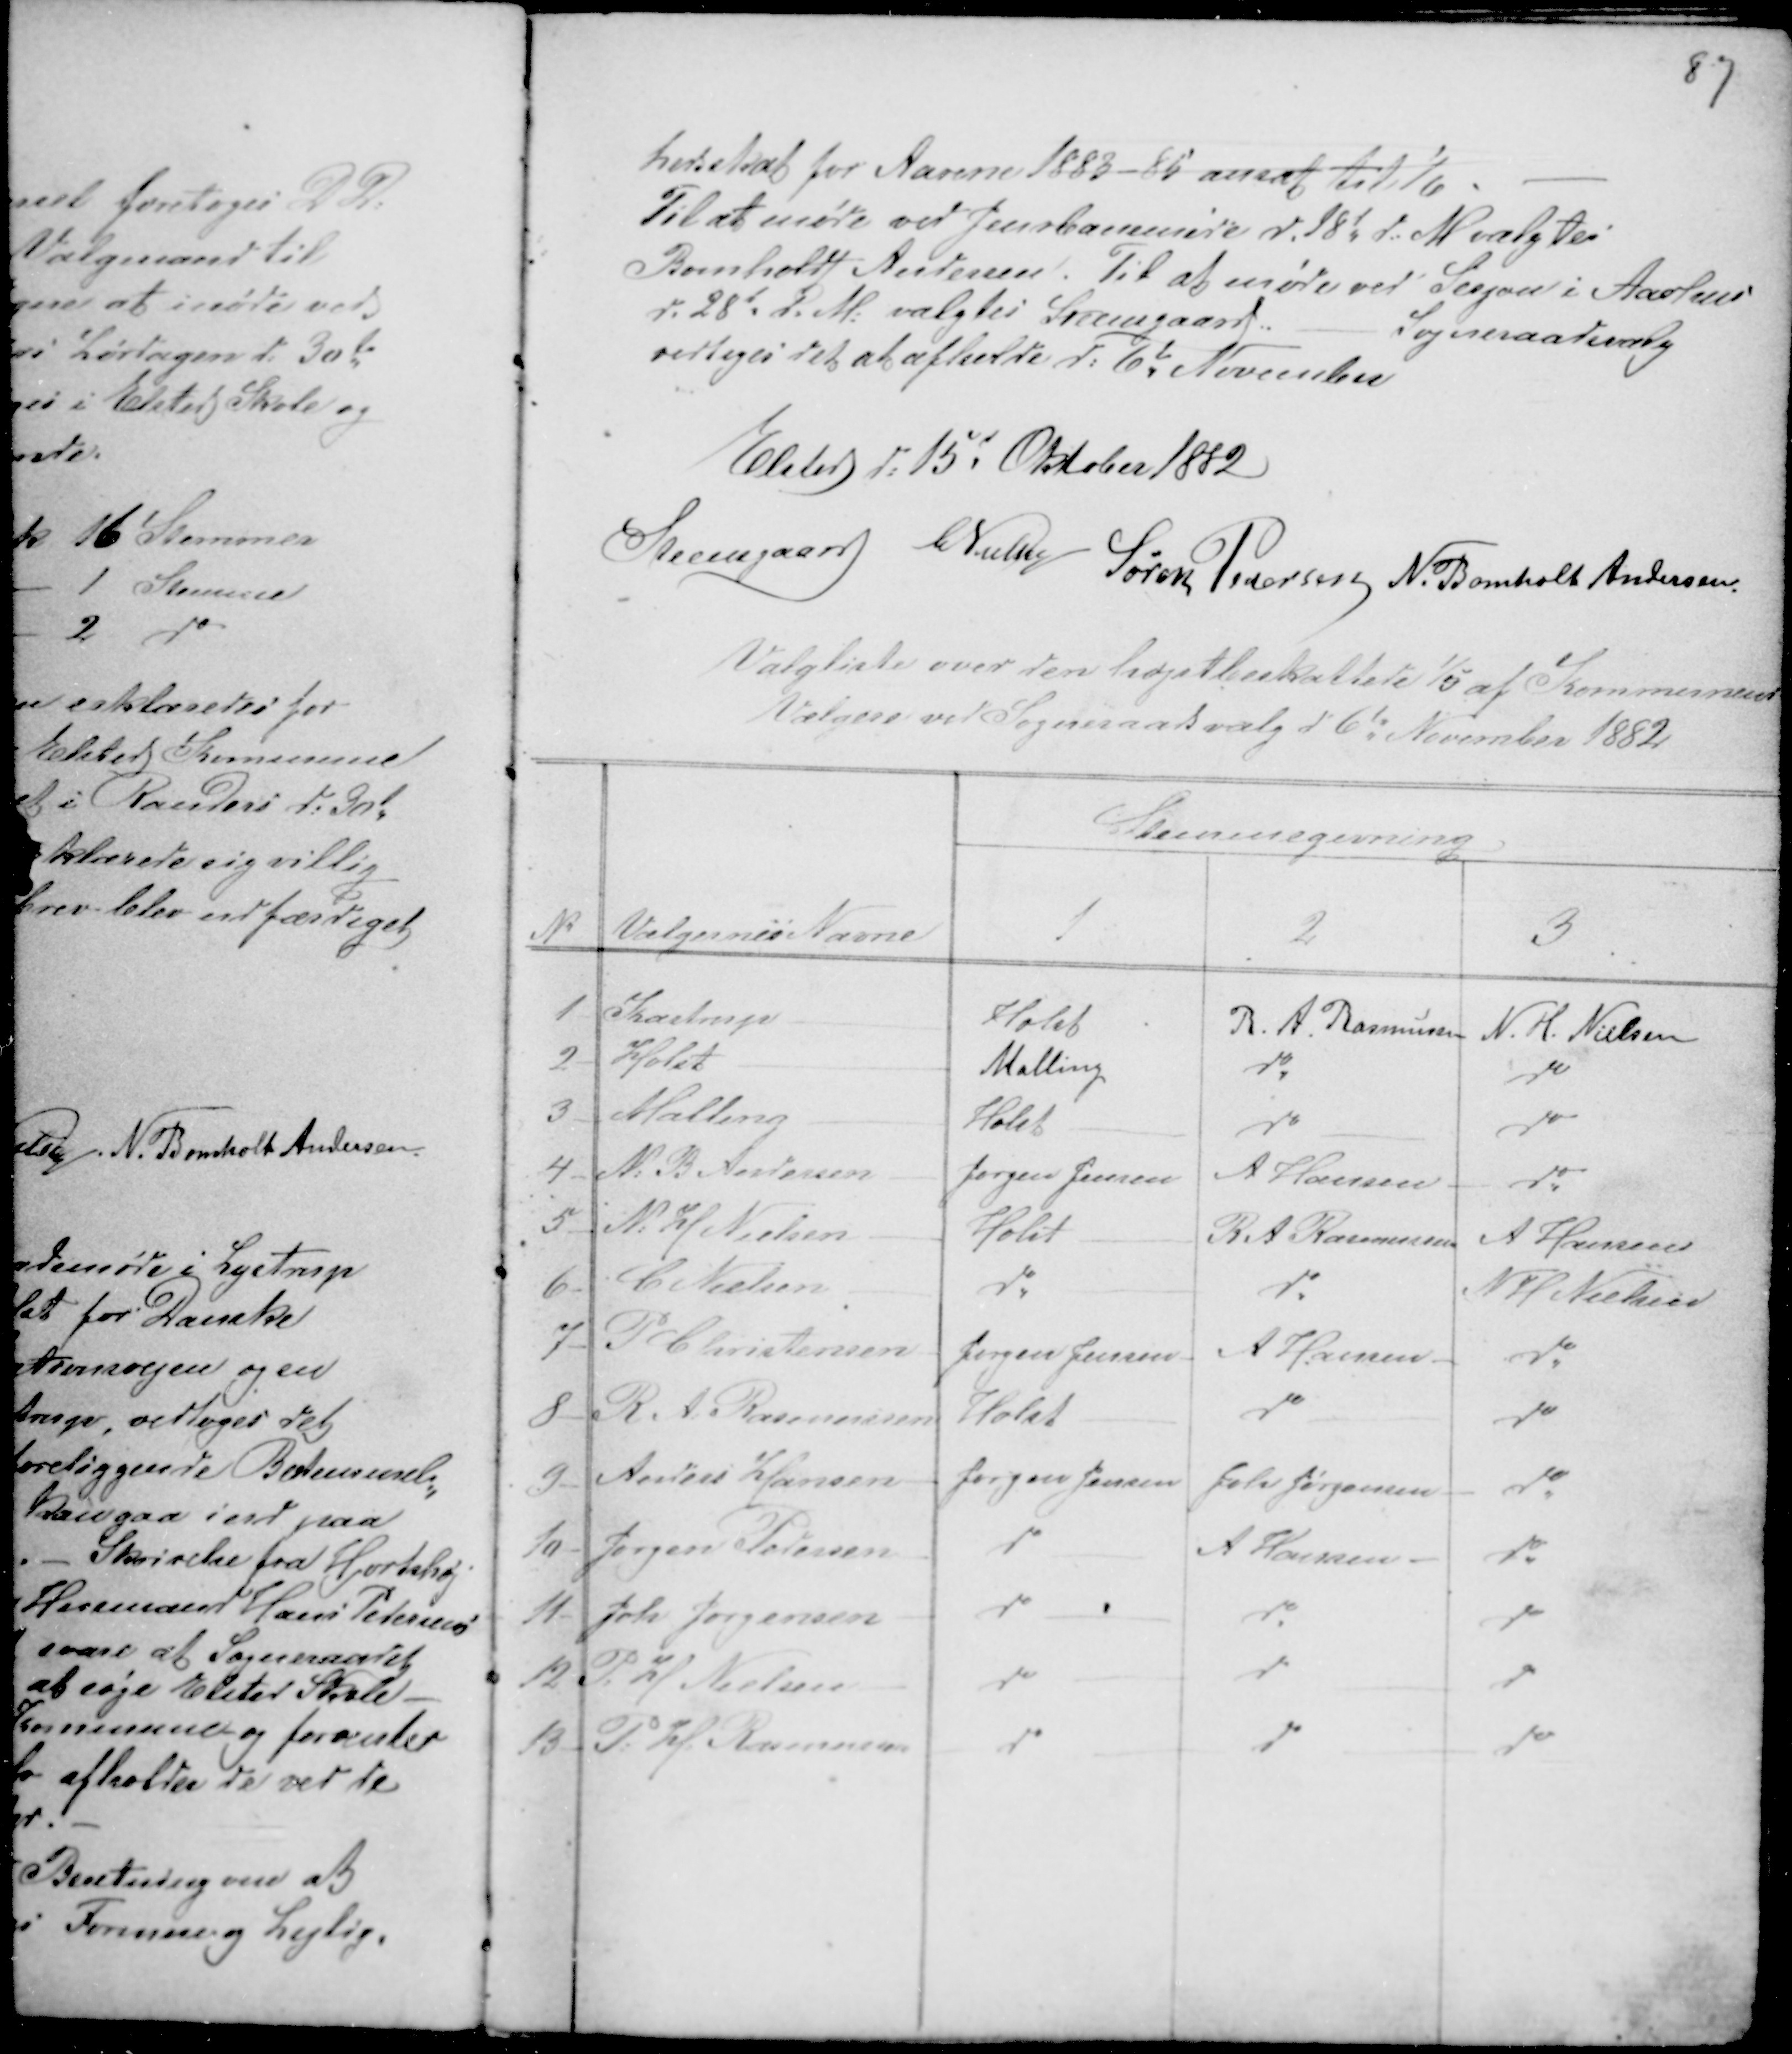
Transskription:
hedsskat for Aarene 1883 - 86 ansat til 1/6. -
Til at møde ved Jernbanemøde d. 28d d: M valgtes
Bomholdt Andersen. Til at møde ved Sesjon i Aarhus
d. 28d d. M: valgtes Steensgaard.
Sogneraadsvalg
vedtoges det at afholde d: 6de November
Elsted d: 15de Oktober 1882
Steensgaard CNielsen Søren Pedersen N. Bomholt Andersen.

Valglister over den højstbeskattede 1/5 af Kommunens
Vælgere ved Sogneraadsvalg d 6de November 1882